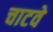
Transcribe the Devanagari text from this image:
चाटवे